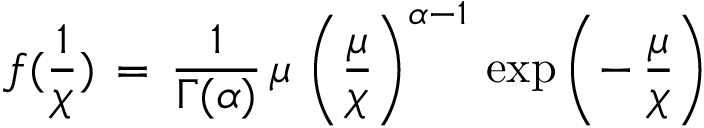
f ( \frac { 1 } { \chi } ) \, = \, \frac { 1 } { \Gamma ( \alpha ) } \, \mu \, \left( \frac { \mu } { \chi } \right) ^ { \alpha - 1 } \, \exp \left( - \, \frac { \mu } { \chi } \right)